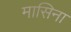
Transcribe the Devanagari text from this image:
मासिना